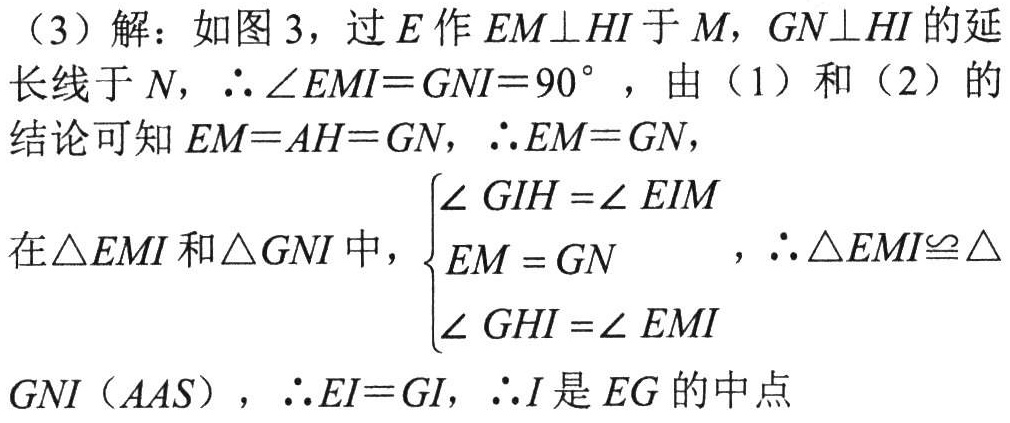
(3)解：如图3，过\(E\)作\(EM\perp HI\)于\(M\)，\(GN\perp HI\)的延长线于\(N\)，\(\therefore\angle EMI = GNI=90^{\circ}\)，由（1）和（2）的结论可知\(EM = AH = GN\)，\(\therefore EM = GN\)，
在\(\triangle EMI\)和\(\triangle GNI\)中，\(\begin{cases}\angle GIH=\angle EIM \\ EM = GN\\\angle GHI=\angle EMI\end{cases}\)，\(\therefore\triangle EMI\cong\triangle GNI(AAS)\)，\(\therefore EI = GI\)，\(\therefore I\)是\(EG\)的中点